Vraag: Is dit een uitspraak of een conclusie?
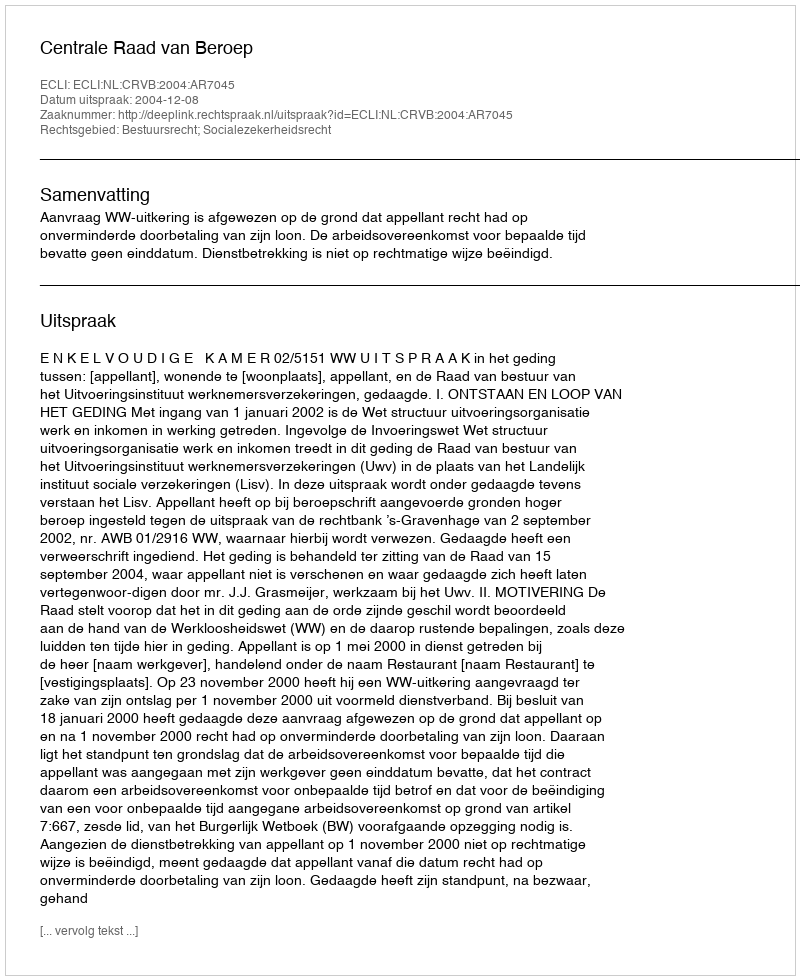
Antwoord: Uitspraak